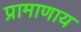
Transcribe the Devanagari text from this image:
प्रामाणाय